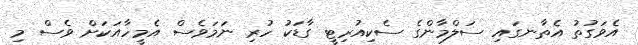
އެވަގުތު އެތާނގައި ސަލްމާންގެ ސެކިއުރިޓީ ގާޑަކު ހުރި ނަމަވެސް އެމީހާއަކަށް ވެސް މި